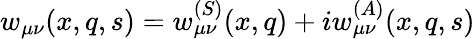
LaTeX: w_{\mu\nu}(x,q,s)=w_{\mu\nu}^{(S)}(x,q)+iw_{\mu\nu}^{(A)}(x,q,s)